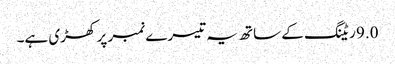
9.0 ریٹنگ کے ساتھ یہ تیسرے نمبر پر کھڑی ہے۔